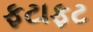
ફટાફટ